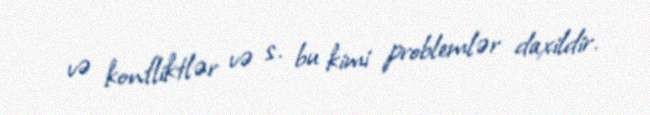
və konfliktlər və s. bu kimi problemlər daxildir.